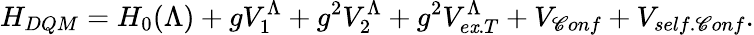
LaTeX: H_{DQM}=H_{0}(\Lambda)+gV_{1}^{\Lambda}+g^{2}V_{2}^{\Lambda}+g^{2}V_{e\mathit{x}.T}^{\Lambda}+V_{\mathscr{C}onf}+V_{self.\mathscr{C}onf}.